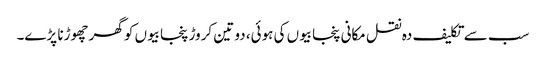
سب سے تکلیف دہ نقل مکانی پنجابیوں کی ہوئی، دو تین کروڑ پنجابیوں کو گھر چھوڑنا پڑے۔